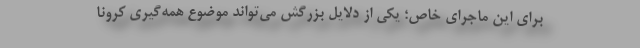
برای این ماجرای خاص؛ یکی از دلایل بزرگش می‌تواند موضوع همه‌گیری کرونا